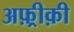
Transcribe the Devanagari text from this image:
अफ़्रीक़ी